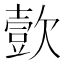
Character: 㱅